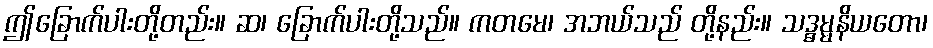
ဤခြောက်ပါးတို့တည်း။ ဆ၊ ခြောက်ပါးတို့သည်။ ကတမေ၊ အဘယ်သည် တို့နည်း။ သဒ္ဓမ္မနိယတော၊